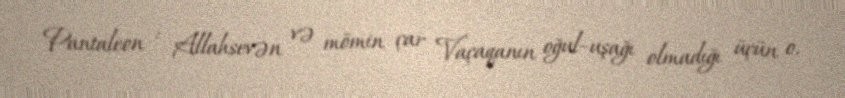
Pantaleon : Allahsevən və mömin çar Vaçaqanın oğul–uşağı olmadığı üçün o,